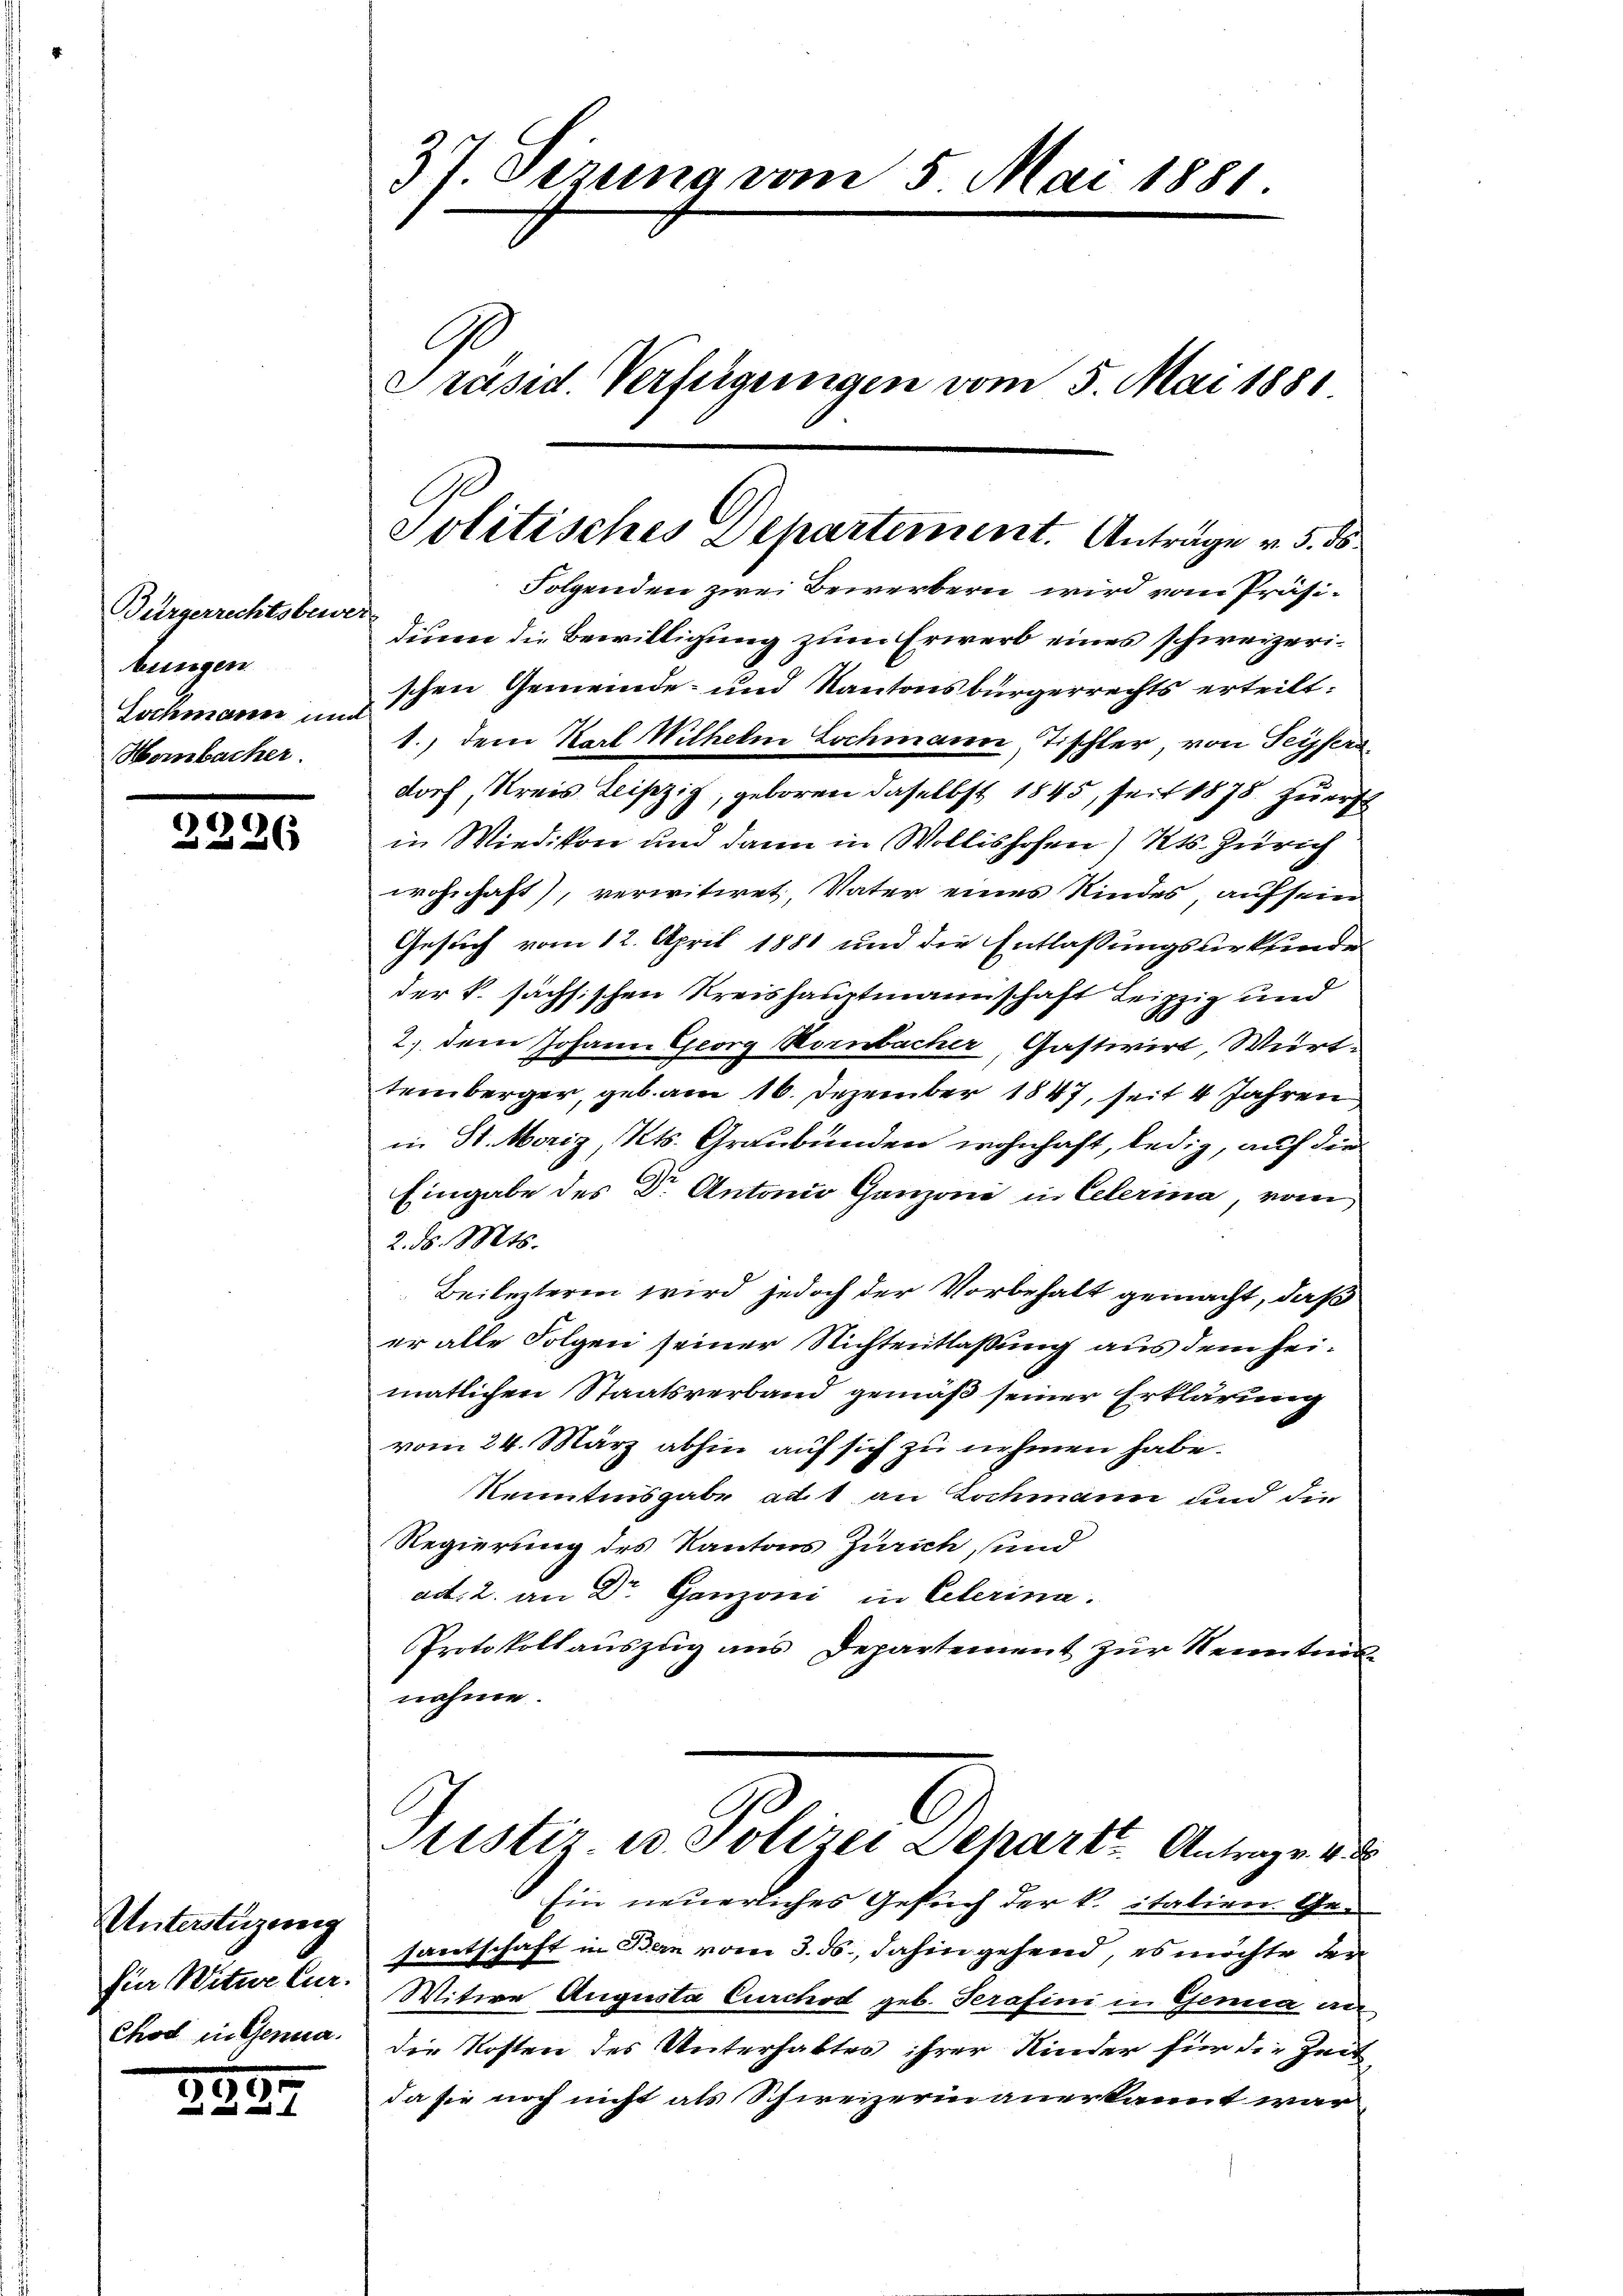
Bürgerrechtsbewer
bungen
Sochmann und
Horbacher.

2226

Unterstüzung
für Witwe Cur.
Chod in Gena

3

37. Sizung vom 5. Mai 1881.
C
Präsid Verfügungen vom 5. Mai 1881

Folgenden zwei Bewerbern wird vom Präsidinen die Bewilligung zum Erwerb eines schweizerischen Gemeinde- und Kantonsbürgerrechts erteilt.
1., dem Karl Wilhelm Lochmann Tischler, von Seyfersdorf, Kreis Leipzig, geboren daselbst 1845, seit 1878. zuerst
in Wiedikon und dann in Wollishofen) Kts. Zürich
wohnhaft), verwitwet, Vater eines Kindes auf sein
Gesuch vom 12. April 1881 und die Entlassungsurkunde
der k. sächsischen Kreishauptmannschaft Leipzig und
2.) dem Johann Georg Hornbacher, Gastwirt, Württemberger, geb. am 16. Dezember 1847, seit 4 Jahren
in St. Moriz, Kts. Graubünden wohnhaft, ledig, auf der
Eingabe des Dr. Antonio Ganzoni in Celerina, vom
2. d. Mts.
Beilezteren wird jedoch der Vorbehalt gemacht, daß
er alle Folgen seiner Nichtentlaßung aus dem heimatlichen Staatsverband gemäß seiner Erklärung
vom 24. März abhin auf sich zu nehmen habe.
Kenntnisgabe aus an Lochmann und die
Regierung des Kantons Zürich, und
ad: 2. an Dr. Ganzoni in Celerina.
Protokollauszug aus Departement zur Kenntnis
nahme.
Justiz u. Polizei Deharte Antrage v
Ein neuerliches Gesuch der k. italien Gesantschaft in Bern vom 3. ds., dahin gehend, es möchte der
Witwe Augusta Curchod geb. Terafini in Genica an
die Kosten des Unterhaltes ihrer Kinder für die Zeit
da sie noch nicht als Schweizerin anerkannt war¬

Politisches Departement. Anträge v. 5. ds.